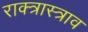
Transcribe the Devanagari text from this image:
राक्त्रास्त्राव